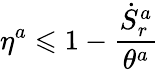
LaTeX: \eta^{a}\leqslant 1-\frac{\dot{S}_{r}^{a}}{\theta^{a}}